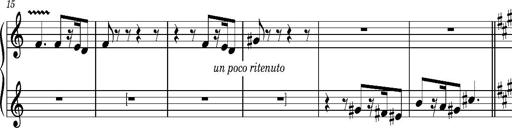
Title: La mandragore
Composer: Franz Liszt